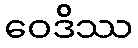
ဝေဒိဿ